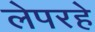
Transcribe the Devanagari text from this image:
लेपरहे